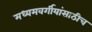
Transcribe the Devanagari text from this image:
मध्यमवर्गीयांसाठीच